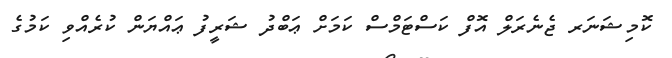
ކޮމިޝަނަރ ޖެނެރަލް އޮފް ކަސްޓަމްސް ކަމަށް ޢަބްދު ޝަރީފު ޢައްޔަން ކުރެއްވި ކަމުގެ